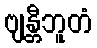
ဗျန္တီဘူတံ